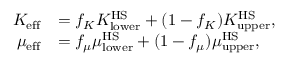
\begin{array} { r l } { K _ { \mathrm { e f f } } } & { = f _ { K } K _ { \mathrm { l o w e r } } ^ { \mathrm { H S } } + ( 1 - f _ { K } ) K _ { \mathrm { u p p e r } } ^ { \mathrm { H S } } , } \\ { \mu _ { \mathrm { e f f } } } & { = f _ { \mu } \mu _ { \mathrm { l o w e r } } ^ { \mathrm { H S } } + ( 1 - f _ { \mu } ) \mu _ { \mathrm { u p p e r } } ^ { \mathrm { H S } } , } \end{array}